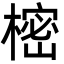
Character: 樒